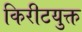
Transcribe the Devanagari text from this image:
किरीटयुक्त